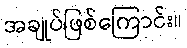
အချုပ်ဖြစ်ကြောင်း။